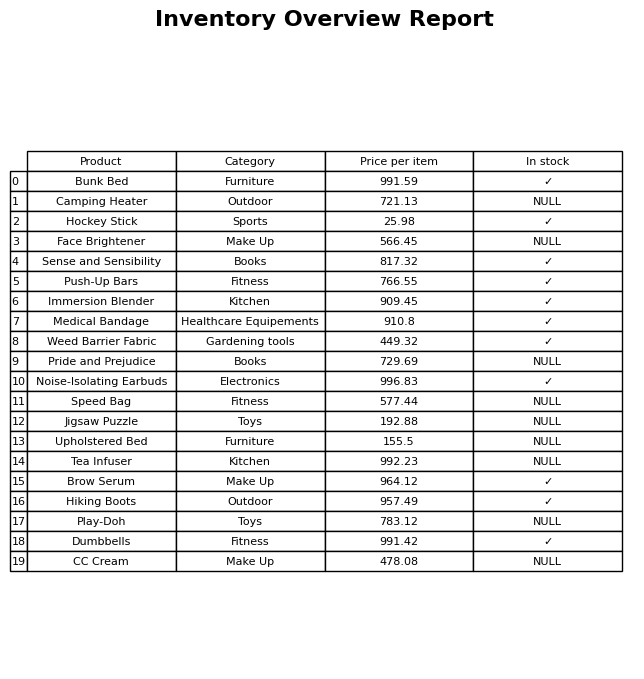
question: What is the price for Speed Bag?
answer: The price of Speed Bag is 577.44.